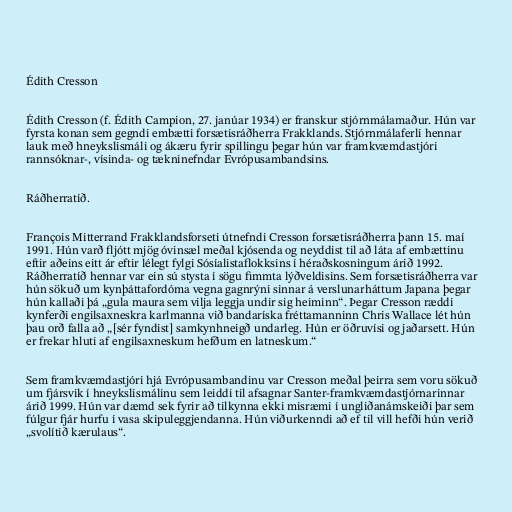
Édith Cresson

Édith Cresson (f. Édith Campion, 27. janúar 1934) er franskur stjórnmálamaður. Hún var
fyrsta konan sem gegndi embætti forsætisráðherra Frakklands. Stjórnmálaferli hennar
lauk með hneykslismáli og ákæru fyrir spillingu þegar hún var framkvæmdastjóri
rannsóknar-, vísinda- og tækninefndar Evrópusambandsins.

Ráðherratíð.

François Mitterrand Frakklandsforseti útnefndi Cresson forsætisráðherra þann 15. maí
1991. Hún varð fljótt mjög óvinsæl meðal kjósenda og neyddist til að láta af embættinu
eftir aðeins eitt ár eftir lélegt fylgi Sósíalistaflokksins í héraðskosningum árið 1992.
Ráðherratíð hennar var ein sú stysta í sögu fimmta lýðveldisins. Sem forsætisráðherra var
hún sökuð um kynþáttafordóma vegna gagnrýni sinnar á verslunarháttum Japana þegar
hún kallaði þá „gula maura sem vilja leggja undir sig heiminn“. Þegar Cresson ræddi
kynferði engilsaxneskra karlmanna við bandaríska fréttamanninn Chris Wallace lét hún
þau orð falla að „[sér fyndist] samkynhneigð undarleg. Hún er öðruvísi og jaðarsett. Hún
er frekar hluti af engilsaxneskum hefðum en latneskum.“

Sem framkvæmdastjóri hjá Evrópusambandinu var Cresson meðal þeirra sem voru sökuð
um fjársvik í hneykslismálinu sem leiddi til afsagnar Santer-framkvæmdastjórnarinnar
árið 1999. Hún var dæmd sek fyrir að tilkynna ekki misræmi í ungliðanámskeiði þar sem
fúlgur fjár hurfu í vasa skipuleggjendanna. Hún viðurkenndi að ef til vill hefði hún verið
„svolítið kærulaus“.